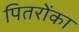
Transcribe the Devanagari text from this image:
पितरोंका